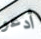
أدعو